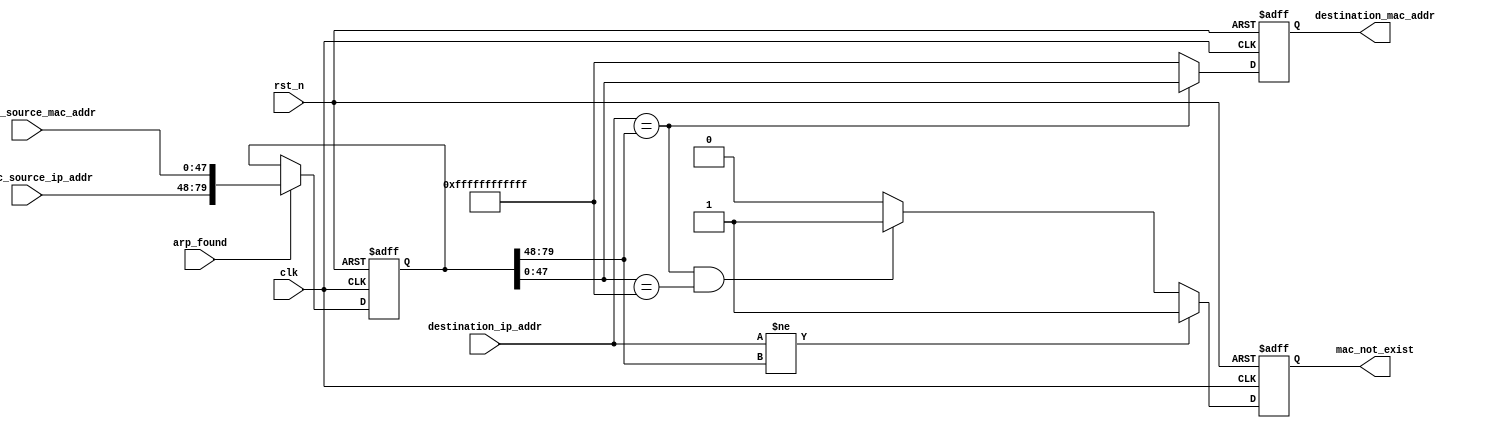
// This program was cloned from: https://github.com/MongooseOrion/FPGA_atoms
// License: MIT License

module arp_cache
       (
         input                clk ,
         input                rst_n ,
         
         input                arp_found,
         input  [31:0]        arp_rec_source_ip_addr,
         input  [47:0]        arp_rec_source_mac_addr,
         
         input  [31:0]        destination_ip_addr,
         output reg [47:0]    destination_mac_addr,
         
         output reg           mac_not_exist
       ) ;
       
reg [79:0]  arp_cache ;

//init arp cache
always @(posedge clk or negedge rst_n)
  begin
    if (~rst_n)
      arp_cache  <= 80'h00_00_00_00_ff_ff_ff_ff_ff_ff ;
    else if (arp_found)
      arp_cache  <= {arp_rec_source_ip_addr, arp_rec_source_mac_addr} ;
    else
      arp_cache  <= arp_cache ;
  end
  
always @(posedge clk or negedge rst_n)
  begin
    if (~rst_n)
      destination_mac_addr  <= 48'hff_ff_ff_ff_ff_ff ;
    else if (destination_ip_addr == arp_cache[79:48])
      destination_mac_addr  <= arp_cache[47:0] ;
    else
      destination_mac_addr  <= 48'hff_ff_ff_ff_ff_ff ;
  end
  
always @(posedge clk or negedge rst_n)
  begin
    if (~rst_n)
      mac_not_exist  <= 1'b0 ;
    else if (destination_ip_addr != arp_cache[79:48])
      mac_not_exist  <= 1'b1 ;
    else if (destination_ip_addr == arp_cache[79:48] && arp_cache[47:0] == 48'hff_ff_ff_ff_ff_ff)
      mac_not_exist  <= 1'b1 ;
    else
      mac_not_exist  <= 1'b0 ;
  end
  
endmodule